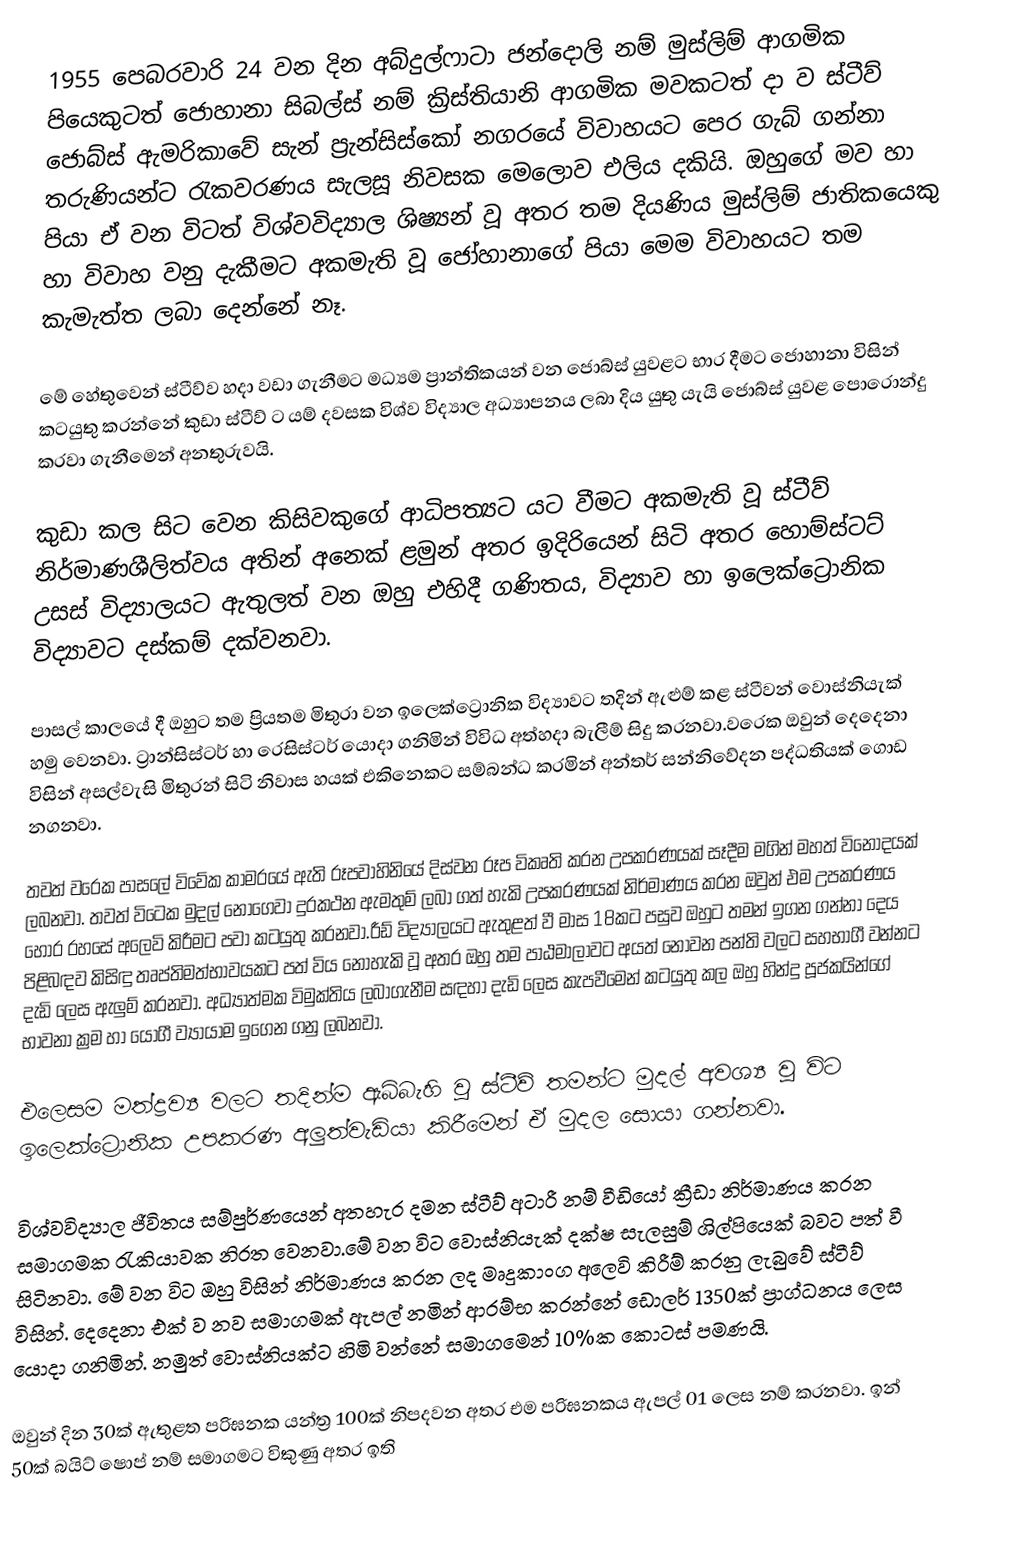
1955 පෙබරවාරි 24 වන දින අබ්දුල්ෆාටා ජන්දොලි නම් මුස්ලිම් ආගමික පියෙකුටත් ජොහානා සිබල්ස් නම් ක්‍රිස්තියානි ආගමික මවකටත් දා ව ස්ටීව් ජොබ්ස් ඇමරිකාවේ සැන් ප්‍රැන්සිස්කෝ නගරයේ විවාහයට පෙර ගැබ් ගන්නා තරුණියන්ට රැකවරණය සැලසූ නිවසක මෙලොව එලිය දකියි. ඔහුගේ මව හා පියා ඒ වන විටත් විශ්වවිද්‍යාල ශිෂ්‍යන් වූ අතර තම දියණිය මුස්ලිම් ජාතිකයෙකු හා විවාහ වනු දැකීමට අකමැති වූ ජෝහානාගේ පියා මෙම විවාහයට තම කැමැත්ත ලබා දෙන්නේ නෑ.

මේ හේතුවෙන් ස්ටීව්ව හදා වඩා ගැනීමට මධ්‍යම ප්‍රාන්තිකයන් වන ජොබ්ස් යුවළට භාර දීමට ජොහානා විසින් කටයුතු කරන්නේ කුඩා ස්ටීව් ට යම් දවසක විශ්ව විද්‍යාල අධ්‍යාපනය ලබා දිය යුතු යැයි ජොබ්ස් යුවළ පොරොන්දු කරවා ගැනීමෙන් අනතුරුවයි.

කුඩා කල සිට වෙන කිසිවකුගේ ආධිපත්‍යට යට වීමට අකමැති වූ ස්ටීව් නිර්මාණශීලිත්වය අතින් අනෙක් ළමුන් අතර ඉදිරියෙන් සිටි අතර හොම්ස්ටට් උසස් විද්‍යාලයට ඇතුලත් වන ඔහු එහිදී ගණිතය, විද්‍යාව හා ඉලෙක්ට්‍රොනික විද්‍යාවට දස්කම් දක්වනවා.

පාසල් කාලයේ දී ඔහුට තම ප්‍රියතම මිතුරා වන ඉලෙක්ට්‍රොනික විද්‍යාවට තදින් ඇළුම් කළ ස්ටීවන් වොස්නියැක් හමු වෙනවා. ට්‍රාන්සිස්ටර් හා රෙසිස්ටර් යොදා ගනිමින් විවිධ අත්හදා බැලීම් සිදු කරනවා.වරෙක ඔවුන් දෙදෙනා විසින් අසල්වැසි මිතුරන් සිටි නිවාස හයක් එකිනෙකට සම්බන්ධ කරමින් අන්තර් සන්නිවේදන පද්ධතියක් ගොඩ නගනවා.

තවත් වරෙක පාසලේ විවේක කාමරයේ ඇති රූපවාහිනියේ දිස්වන රූප විකෘති කරන උපකරණයක් සෑදීම මගින් මහත් විනෝදයක් ලබනවා. තවත් විටෙක මුදල් නොගෙවා දුරකථන ඇමතුම් ලබා ගත් හැකි උපකරණයක් නිර්මාණය කරන ඔවුන් එම උපකරණය හොර රහසේ අලෙවි කිරීමට පවා කටයුතු කරනවා.රීඩ් විද්‍යාලයට ඇතුළත් වී මාස 18කට පසුව ඔහුට තමන් ඉගන ගන්නා දෙය පිළිබඳව කිසිඳු තෘප්තිමත්භාවයකට පත් විය නොහැකි වූ අතර ඔහු තම පාඨමාලාවට අයත් නොවන පන්ති වලට සහභාගී වන්නට දැඩි ලෙස ඇලුම් කරනවා. අධ්‍යාත්මක විමුක්තිය ලබාගැනීම සඳහා දැඩි ලෙස කැපවීමෙන් කටයුතු කල ඔහු හින්දු පූජකයින්ගේ භාවනා ක්‍රම හා යෝගී ව්‍යායාම ඉගෙන ගනු ලබනවා.

එලෙසම මත්ද්‍රව්‍ය වලට තදින්ම ඇබ්බැහි වූ ස්ටීව් තමන්ට මුදල් අවශ්‍ය වූ විට ඉලෙක්ට්‍රොනික උපකරණ අලුත්වැඩියා කිරීමෙන් ඒ මුදල සොයා ගන්නවා.

විශ්වවිද්‍යාල ජීවිතය සම්පුර්ණයෙන් අතහැර දමන ස්ටීව් අටාරී නම් වීඩියෝ ක්‍රීඩා නිර්මාණය කරන සමාගමක රැකියාවක නිරත වෙනවා.මේ වන විට වොස්නියැක් දක්ෂ සැලසුම් ශිල්පියෙක් බවට පත් වී සිටිනවා. මේ වන විට ඔහු විසින් නිර්මාණය කරන ලද මෘදුකාංග අලෙවි කිරීම් කරනු ලැබුවේ ස්ටීව් විසින්. දෙදෙනා එක් ව නව සමාගමක් ඇපල් නමින් ආරම්භ කරන්නේ ඩොලර් 1350ක් ප්‍රාග්ධනය ලෙස යොදා ගනිමින්. නමුත් වොස්නියක්ට හිමි වන්නේ සමාගමෙන් 10%ක කොටස් පමණයි.

ඔවුන් දින 30ක් ඇතුළත පරිඝනක යන්ත්‍ර 100ක් නිපදවන අතර එම පරිඝනකය ඇපල් 01 ලෙස නම් කරනවා. ඉන් 50ක් බයිට් ෂොප් නම් සමාගමට විකුණු අතර ඉති